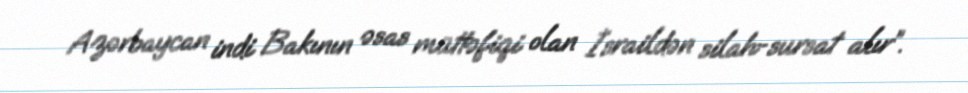
Azərbaycan indi Bakının əsas müttəfiqi olan İsraildən silah-sursat alır”.